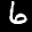
Label: 6